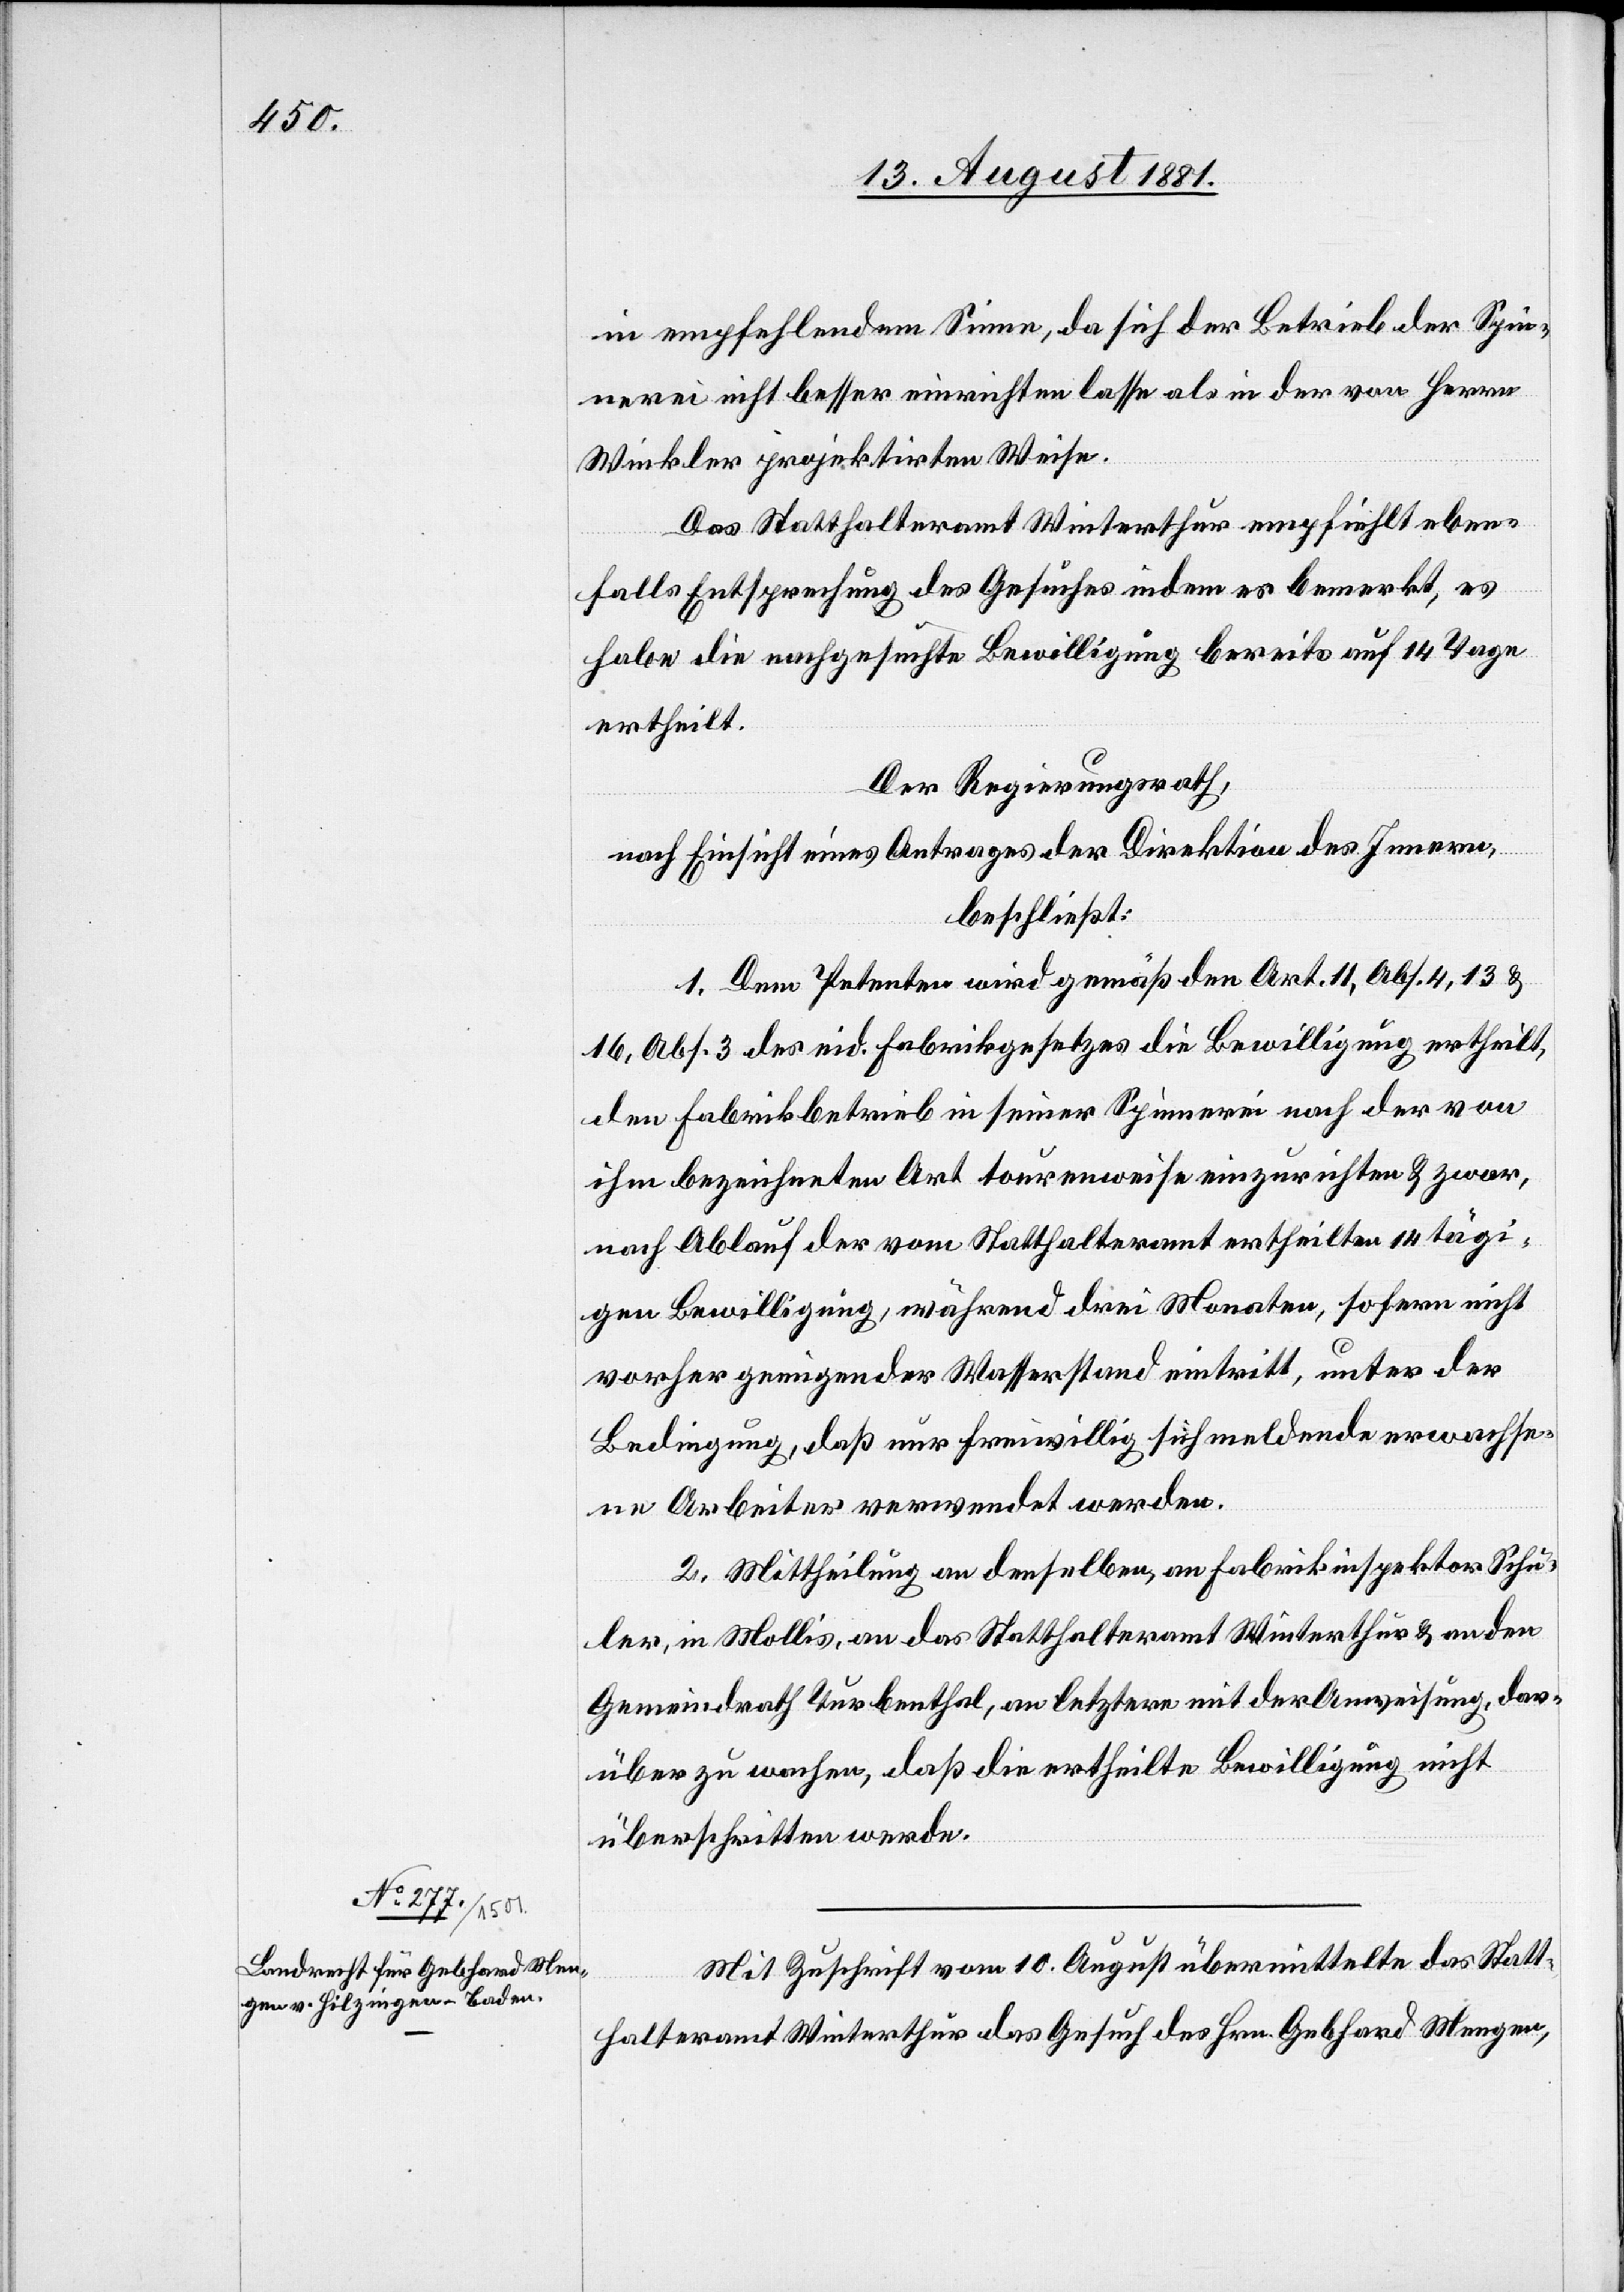
in empfehlendem Sinne, da sich der Betrieb der Spin¬
nerei nicht besser einrichten lasse als in der von Herrn
Winkler projektirten Weise.
Das Statthalteramt Winterthur empfiehlt eben¬
falls Entsprechung des Gesuches indem es bemerkt, es
habe die nachgesuchte Bewilligung bereits auf 14 Tage
ertheilt.
Der Regierungsrath,
nach Einsicht eines Antrages der Direktion des Innern,
beschließt:
1. Dem Petenten wird gemäß den Art. 11, Abs. 4, 13 &
16, Abs. 3 des eid. Fabrikgesetzes die Bewilligung ertheilt
den Fabrikbetrieb in seiner Spinnerei nach der von
ihm beigelegten Art tourenweise einzurichten & zwar,
nach Ablauf der vom Statthalteramt ertheilten 14 tägi¬
gen Bewilligung, während drei Monaten, sofern nicht
vorher geeigneder [sic!] Wasserstand eintritt, unter der
Bedingung, daß nur freiwillig sich meldende erwachse¬
ne Arbeiter verwendet werden.
2. Mittheilung an denselben, an Fabrikinspektor Schu¬
ler, in Mollis, an das Statthalteramt Winterthur & an den
Gemeindrath Turbenthal, an letztern mit der Anweisung, dar¬
über zu wachen, daß die ertheilte Bewilligung nicht
überschritten werde.
Mit Zuschrift vom 10. August übermittelte das Statt¬
halteramt Winterthur das Gesuch des Hrn. Gebhard Mengen,